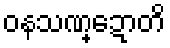
ဝနသဏ္ဍောတိ